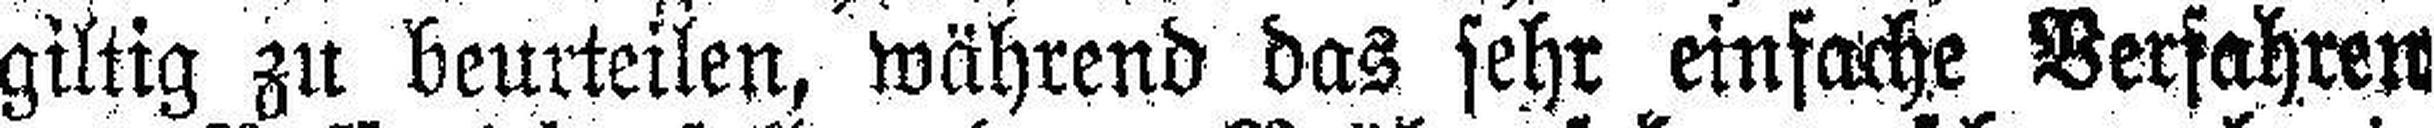
giltig zu beurteilen, während das sehr einfache Verfahren